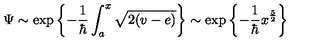
\Psi \sim \exp \left\{ - \frac { 1 } { \hbar } \int _ { a } ^ { x } \sqrt { 2 ( v - e ) } \right\} \sim \exp \left\{ - \frac { 1 } { \hbar } x ^ { \frac { 5 } { 2 } } \right\}